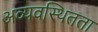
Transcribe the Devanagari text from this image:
अव्यवस्थितता